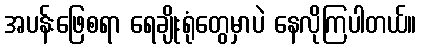
အပန်းဖြေစရာ ရေချိုးရုံတွေမှာပဲ နေလိုကြပါတယ်။